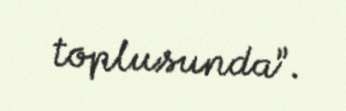
toplusunda”.